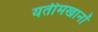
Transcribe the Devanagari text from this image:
यतीमखानों